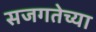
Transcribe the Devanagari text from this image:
सजगतेच्या